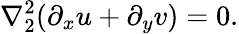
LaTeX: \nabla_{2}^{2}(\partial_{x}u+\partial_{y}v)=0.